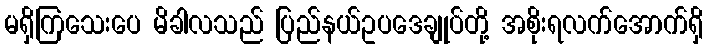
မရှိကြသေးပေ မိခါလသည် ပြည်နယ်ဥပဒေချုပ်တို့ အစိုးရလက်အောက်ရှိ